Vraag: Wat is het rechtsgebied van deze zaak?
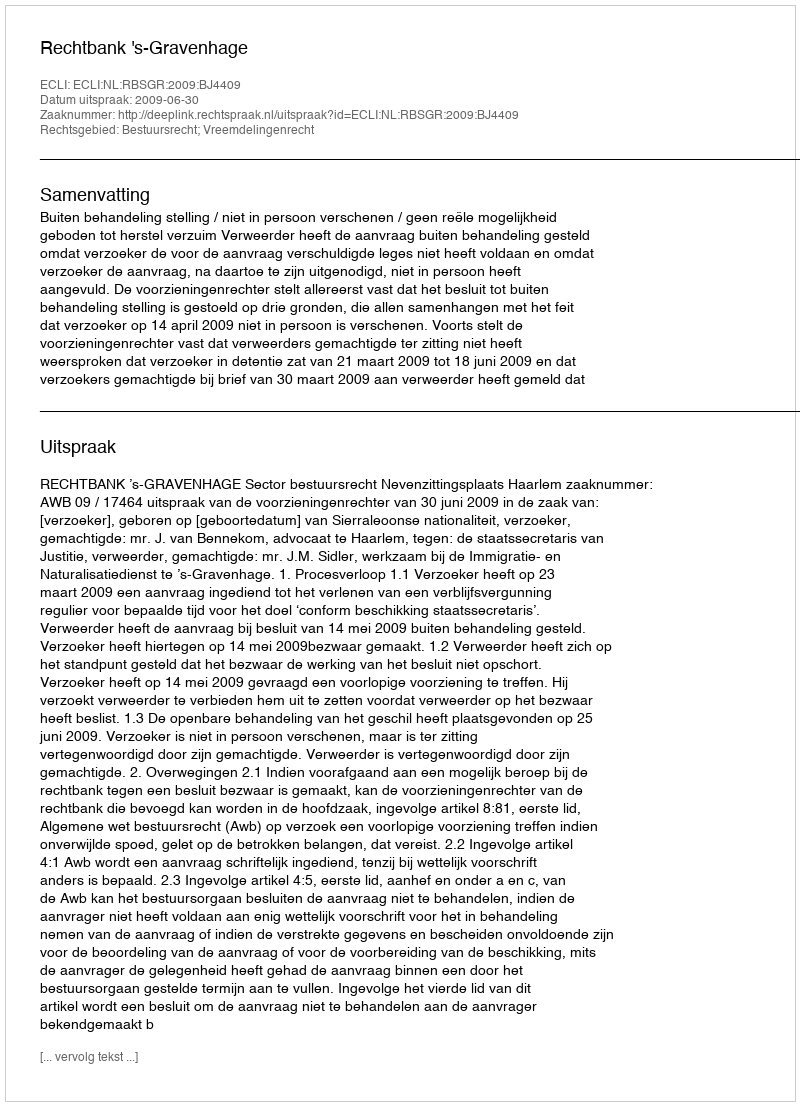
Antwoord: Bestuursrecht; Vreemdelingenrecht